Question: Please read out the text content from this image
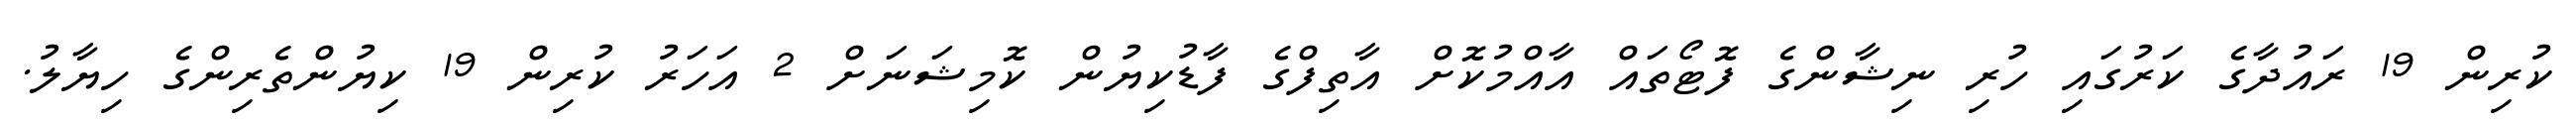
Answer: ކުރިން 19 ރައުދާގެ ކަރުގައި ހުރި ނިޝާންގެ ފޮޓޯތައް އާއްމުކޮށް އާތިފްގެ ފާޑުކިޔުން ކޮމިޝަނަށް 2 އަހަރު ކުރިން 19 ކިޔުންތެރިންގެ ހިޔާލު.